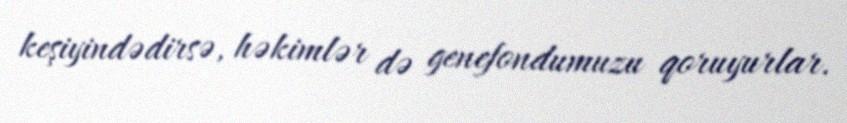
keşiyindədirsə, həkimlər də genefondumuzu qoruyurlar.